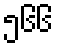
၅၆၆